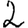
Digit: 2